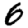
Digit: 6